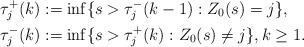
LaTeX: \begin{align*} & \tau_{j}^+(k) := \inf\{s>\tau_{j}^-(k-1): Z_0(s) = j\}, \\ & \tau_{j}^-(k) := \inf\{s>\tau_{j}^+(k): Z_0(s) \neq j\}, k \geq 1.\end{align*}